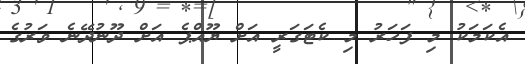
އެކަމަކު މި ފަހަރު މި ކެޓަގަރީ އަށް ޔޫއްޕެ އަށް ދޫނުދޭނެ ވަރުގެ